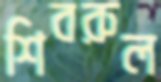
শিবরুল